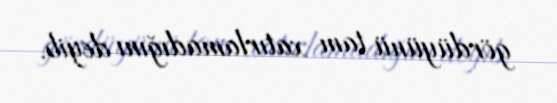
gördüyünü tam xatırlamadığını deyib.